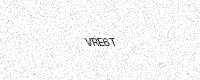
Text: VRE6T